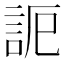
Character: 𧦠